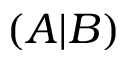
( A | B )